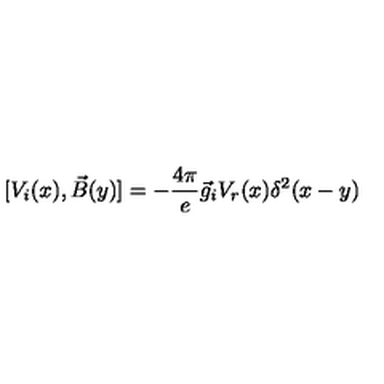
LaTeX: [ V _ { i } ( x ) , \vec { B } ( y ) ] = - { \frac { 4 \pi } { e } } \vec { g } _ { i } V _ { r } ( x ) \delta ^ { 2 } ( x - y )